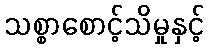
သစ္စာစောင့်သိမှုနှင့်